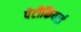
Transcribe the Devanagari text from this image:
पेटीकियाई